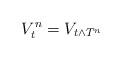
LaTeX: \begin{align*} V_t^n = V_{t \wedge T^n}\end{align*}